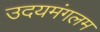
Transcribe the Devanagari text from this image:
उदयमंगलम